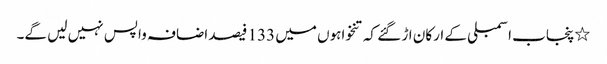
٭پنجاب اسمبلی کے ارکان اڑ گئے کہ تنخواہوں میں 133 فیصد اضافہ واپس نہیں لیں گے۔